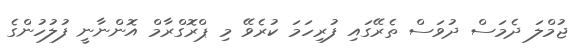
ޖުމްލަ ދެމަސް ދުވަސް ތެރޭގައި ފުރިހަމަ ކުރެވޭ މި ޕްރޮގްރާމް އޮންނާނީ ފުލުހުންގެ